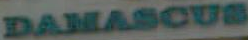
DAMASCUS